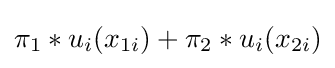
\pi _{1}*u_{i}(x_{1i})+\pi _{2}*u_{i}(x_{2i})